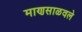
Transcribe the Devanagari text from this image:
माणसाळवले